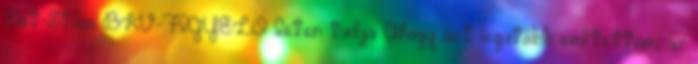
Élet-Stílus BKV-FIGYELŐ Isten tudja Ahogy azt legutóbb említettem, az